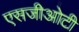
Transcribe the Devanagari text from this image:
एसजीओटी